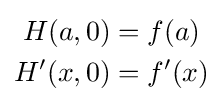
{\begin{aligned}H(a,0)&=f(a)\\H'(x,0)&=f'(x)\end{aligned}}